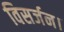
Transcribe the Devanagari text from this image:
विसर्जन।